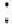
: